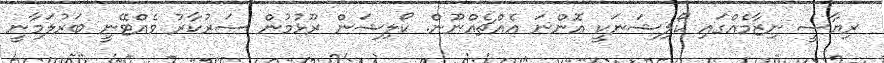
ރިޔާސީ ނިޒާމެއްގައި ކޯލިޝަނަކީ އޮންނަ އެއްޗެއްނޫން. ކޯލިޝަން ރޫޅުމުން ސަރުކާރު ވެއްޓޭނީ ބަރުލަމާނީ